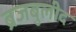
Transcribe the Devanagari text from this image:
ब्रजबुलीद